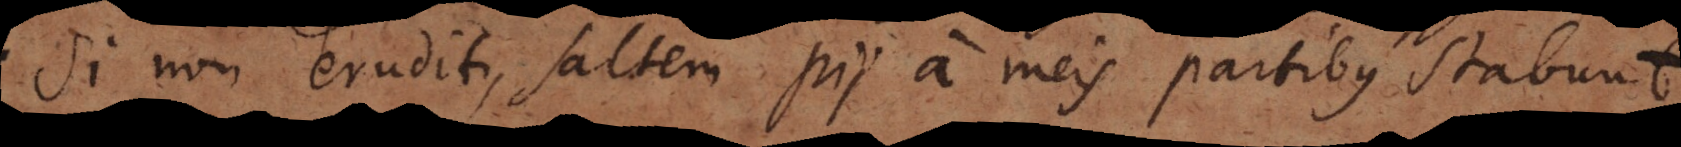
Si non eruditi, saltem pii a meis partibus stabunt